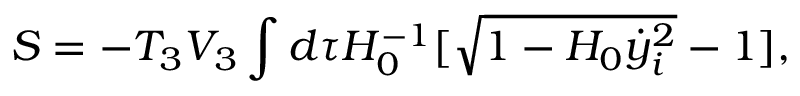
S = - T _ { 3 } V _ { 3 } \int d \tau H _ { 0 } ^ { - 1 } [ \sqrt { 1 - H _ { 0 } \dot { y } _ { i } ^ { 2 } } - 1 ] ,